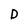
Character: D